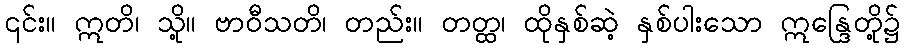
၎င်း။ ဣတိ၊ သို့။ ဗာဝီသတိ၊ တည်း။ တတ္ထ၊ ထိုနှစ်ဆဲ့ နှစ်ပါးသော ဣန္ဒြေတို့၌